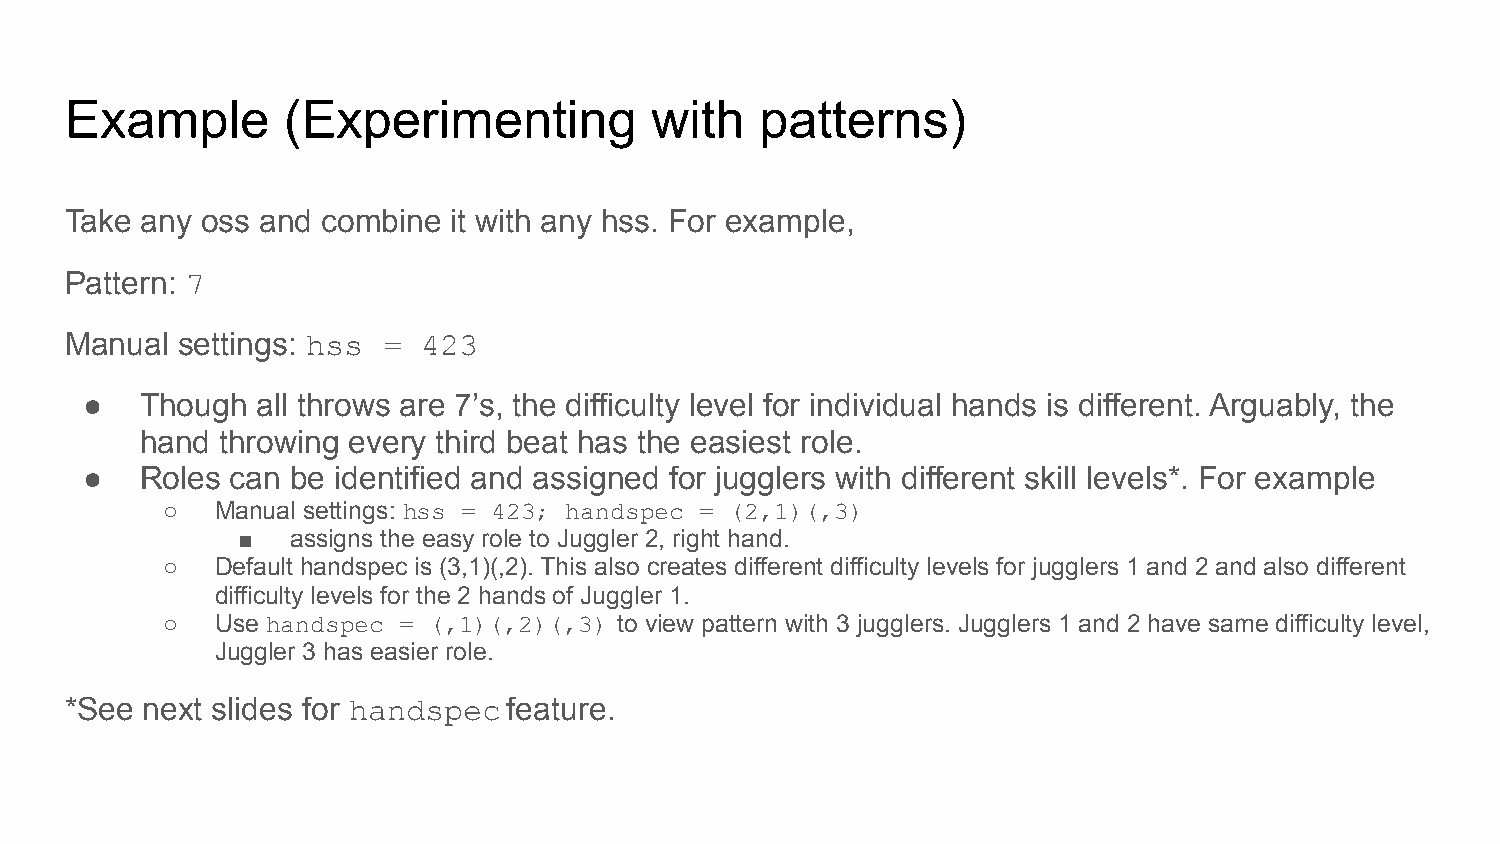
Example        (Experimenting          with   patterns)
 Take any oss and combine  it with any hss. For example,
 Pattern: 7
 Manual  settings: hss = 423
 ●  Though  all throws are 7’s, the difficulty level for individual hands is different. Arguably, the
 hand  throwing every third beat has the easiest role.
 ●  Roles can be identified and assigned for jugglers with different skill levels*. For example
 ○  Manual settings: hss = 423; handspec = (2,1)(,3)
 ■  assigns the easy role to Juggler 2, right hand.
 ○  Default handspec is (3,1)(,2). This also creates different difficulty levels for jugglers 1 and 2 and also different
 difficulty levels for the 2 hands of Juggler 1.
 ○  Use handspec = (,1)(,2)(,3) to view pattern with 3 jugglers. Jugglers 1 and 2 have same difficulty level,
 Juggler 3 has easier role.
 *See next slides for handspec feature.